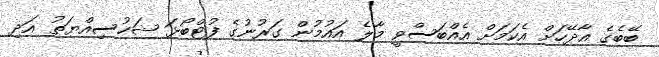
ބޭބެގެ އާދޭހަށް އެކަމަށް އެއްބަސްވީ މާލެ އައުމުން ގަރުނުގެ ފުޓްބޯޅަ ޝަހުސިއްޔަތު އަދި